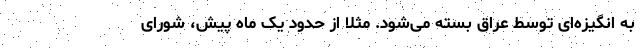
به انگیزه‌ای توسط عراق بسته می‌شود. مثلا از حدود یک ماه پیش، شورای